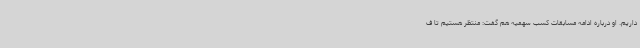
داریم. او درباره ادامه مسابقات کسب سهمیه هم گفت: منتظر هستیم تا ف